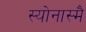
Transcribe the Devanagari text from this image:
स्योनास्मै